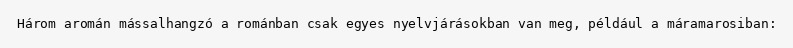
Három aromán mássalhangzó a románban csak egyes nyelvjárásokban van meg, például a máramarosiban: